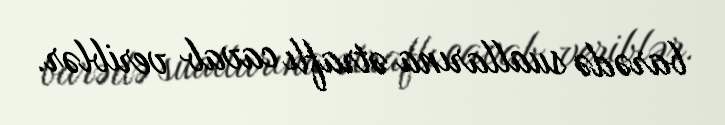
barədə suallarına ətraflı cavab veriblər.